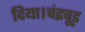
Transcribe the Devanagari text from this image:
दिया।चंद्रचूड़